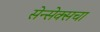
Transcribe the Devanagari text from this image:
सेन्सेक्सचा